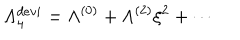
LaTeX: \Lambda _ { 4 } ^ { d e v i } = \Lambda ^ { ( 0 ) } + \Lambda ^ { ( 2 ) } \xi ^ { 2 } + \cdots